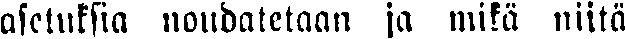
asetuksia noudatetaan ja mikä niitä